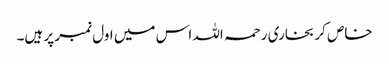
خاص کر بخاری رحمہ اللہ اس میں اول نمبر پر ہیں۔